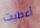
أعطيت